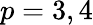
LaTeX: p=3,4